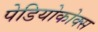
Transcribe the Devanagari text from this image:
पेडियोकोक्स